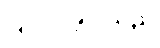
ပြုလုပ်ခဲ့ပါသည်